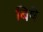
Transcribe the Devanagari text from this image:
बिषे